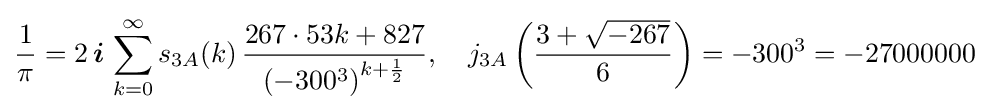
{\frac {1}{\pi }}=2\,{\boldsymbol {i}}\,\sum _{k=0}^{\infty }s_{3A}(k)\,{\frac {267\cdot 53k+827}{\left(-300^{3}\right)^{k+{\frac {1}{2}}}}},\quad j_{3A}\left({\frac {3+{\sqrt {-267}}}{6}}\right)=-300^{3}=-27000000